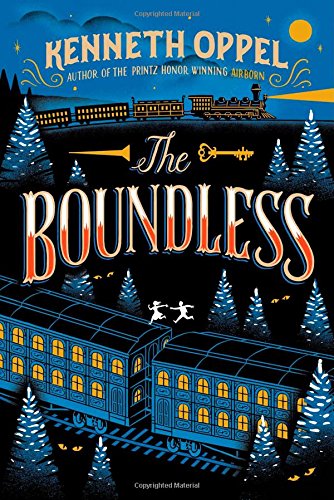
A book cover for The Boundless; Kenneth Oppel; Children's Books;